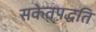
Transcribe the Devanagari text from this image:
सकेतपद्धति